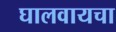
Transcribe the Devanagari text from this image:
घालवायचा